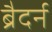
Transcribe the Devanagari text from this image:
ब्रैदर्न